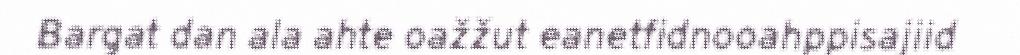
Bargat dan ala ahte oažžut eanetfidnooahppisajiid